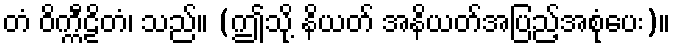
တံ ဝိက္ကီဠိတံ၊ သည်။ (ဤသို့ နိယတ် အနိယတ်အပြည့်အစုံပေး)။